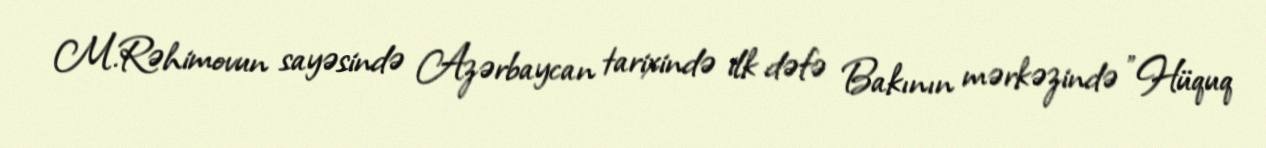
M.Rəhimovun sayəsində Azərbaycan tarixində ilk dəfə Bakının mərkəzində "Hüquq